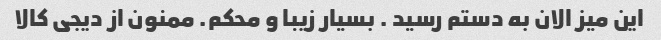
این میز الان به دستم رسید . بسیار زیبا و محکم. ممنون از دیجی کالا